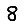
Digit: 8